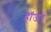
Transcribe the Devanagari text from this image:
हॉजर